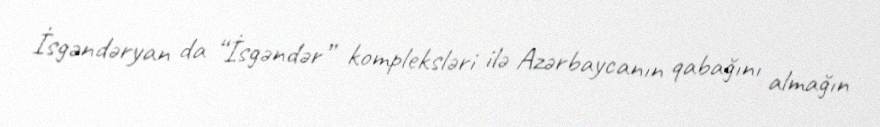
İsgəndəryan da “İsgəndər” kompleksləri ilə Azərbaycanın qabağını almağın